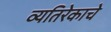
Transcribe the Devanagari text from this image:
व्यतिरेकाचे